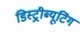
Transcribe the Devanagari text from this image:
डिस्ट्रीब्यूटिंग